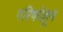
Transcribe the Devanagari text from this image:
परिषदेहून